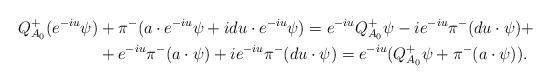
LaTeX: \begin{align*}Q^+_{A_0}(e^{-iu}\psi) &+ \pi^{-}(a\cdot e^{-iu}\psi + idu\cdot e^{-iu}\psi) = e^{-iu}Q^+_{A_0}\psi -ie^{-iu} \pi^-(du\cdot \psi) +\\&+ e^{-iu}\pi^{-}(a\cdot \psi) + ie^{-iu}\pi^-(du \cdot \psi) = e^{-iu}(Q^+_{A_0}\psi + \pi^{-}(a\cdot \psi)).\end{align*}